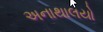
અનાથાલયો